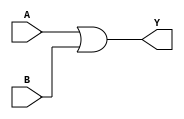
module org(A,B,Y); 
  input A,B; 
  output Y; 
  or(Y,A,B);
endmodule